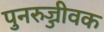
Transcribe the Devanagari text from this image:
पुनरुज्जीवक